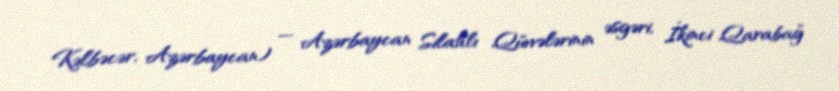
Kəlbəcər, Azərbaycan) — Azərbaycan Silahlı Qüvvələrinin əsgəri, İkinci Qarabağ